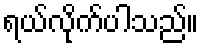
ရယ်လိုက်ပါသည်။